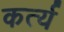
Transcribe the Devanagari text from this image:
कर्त्य